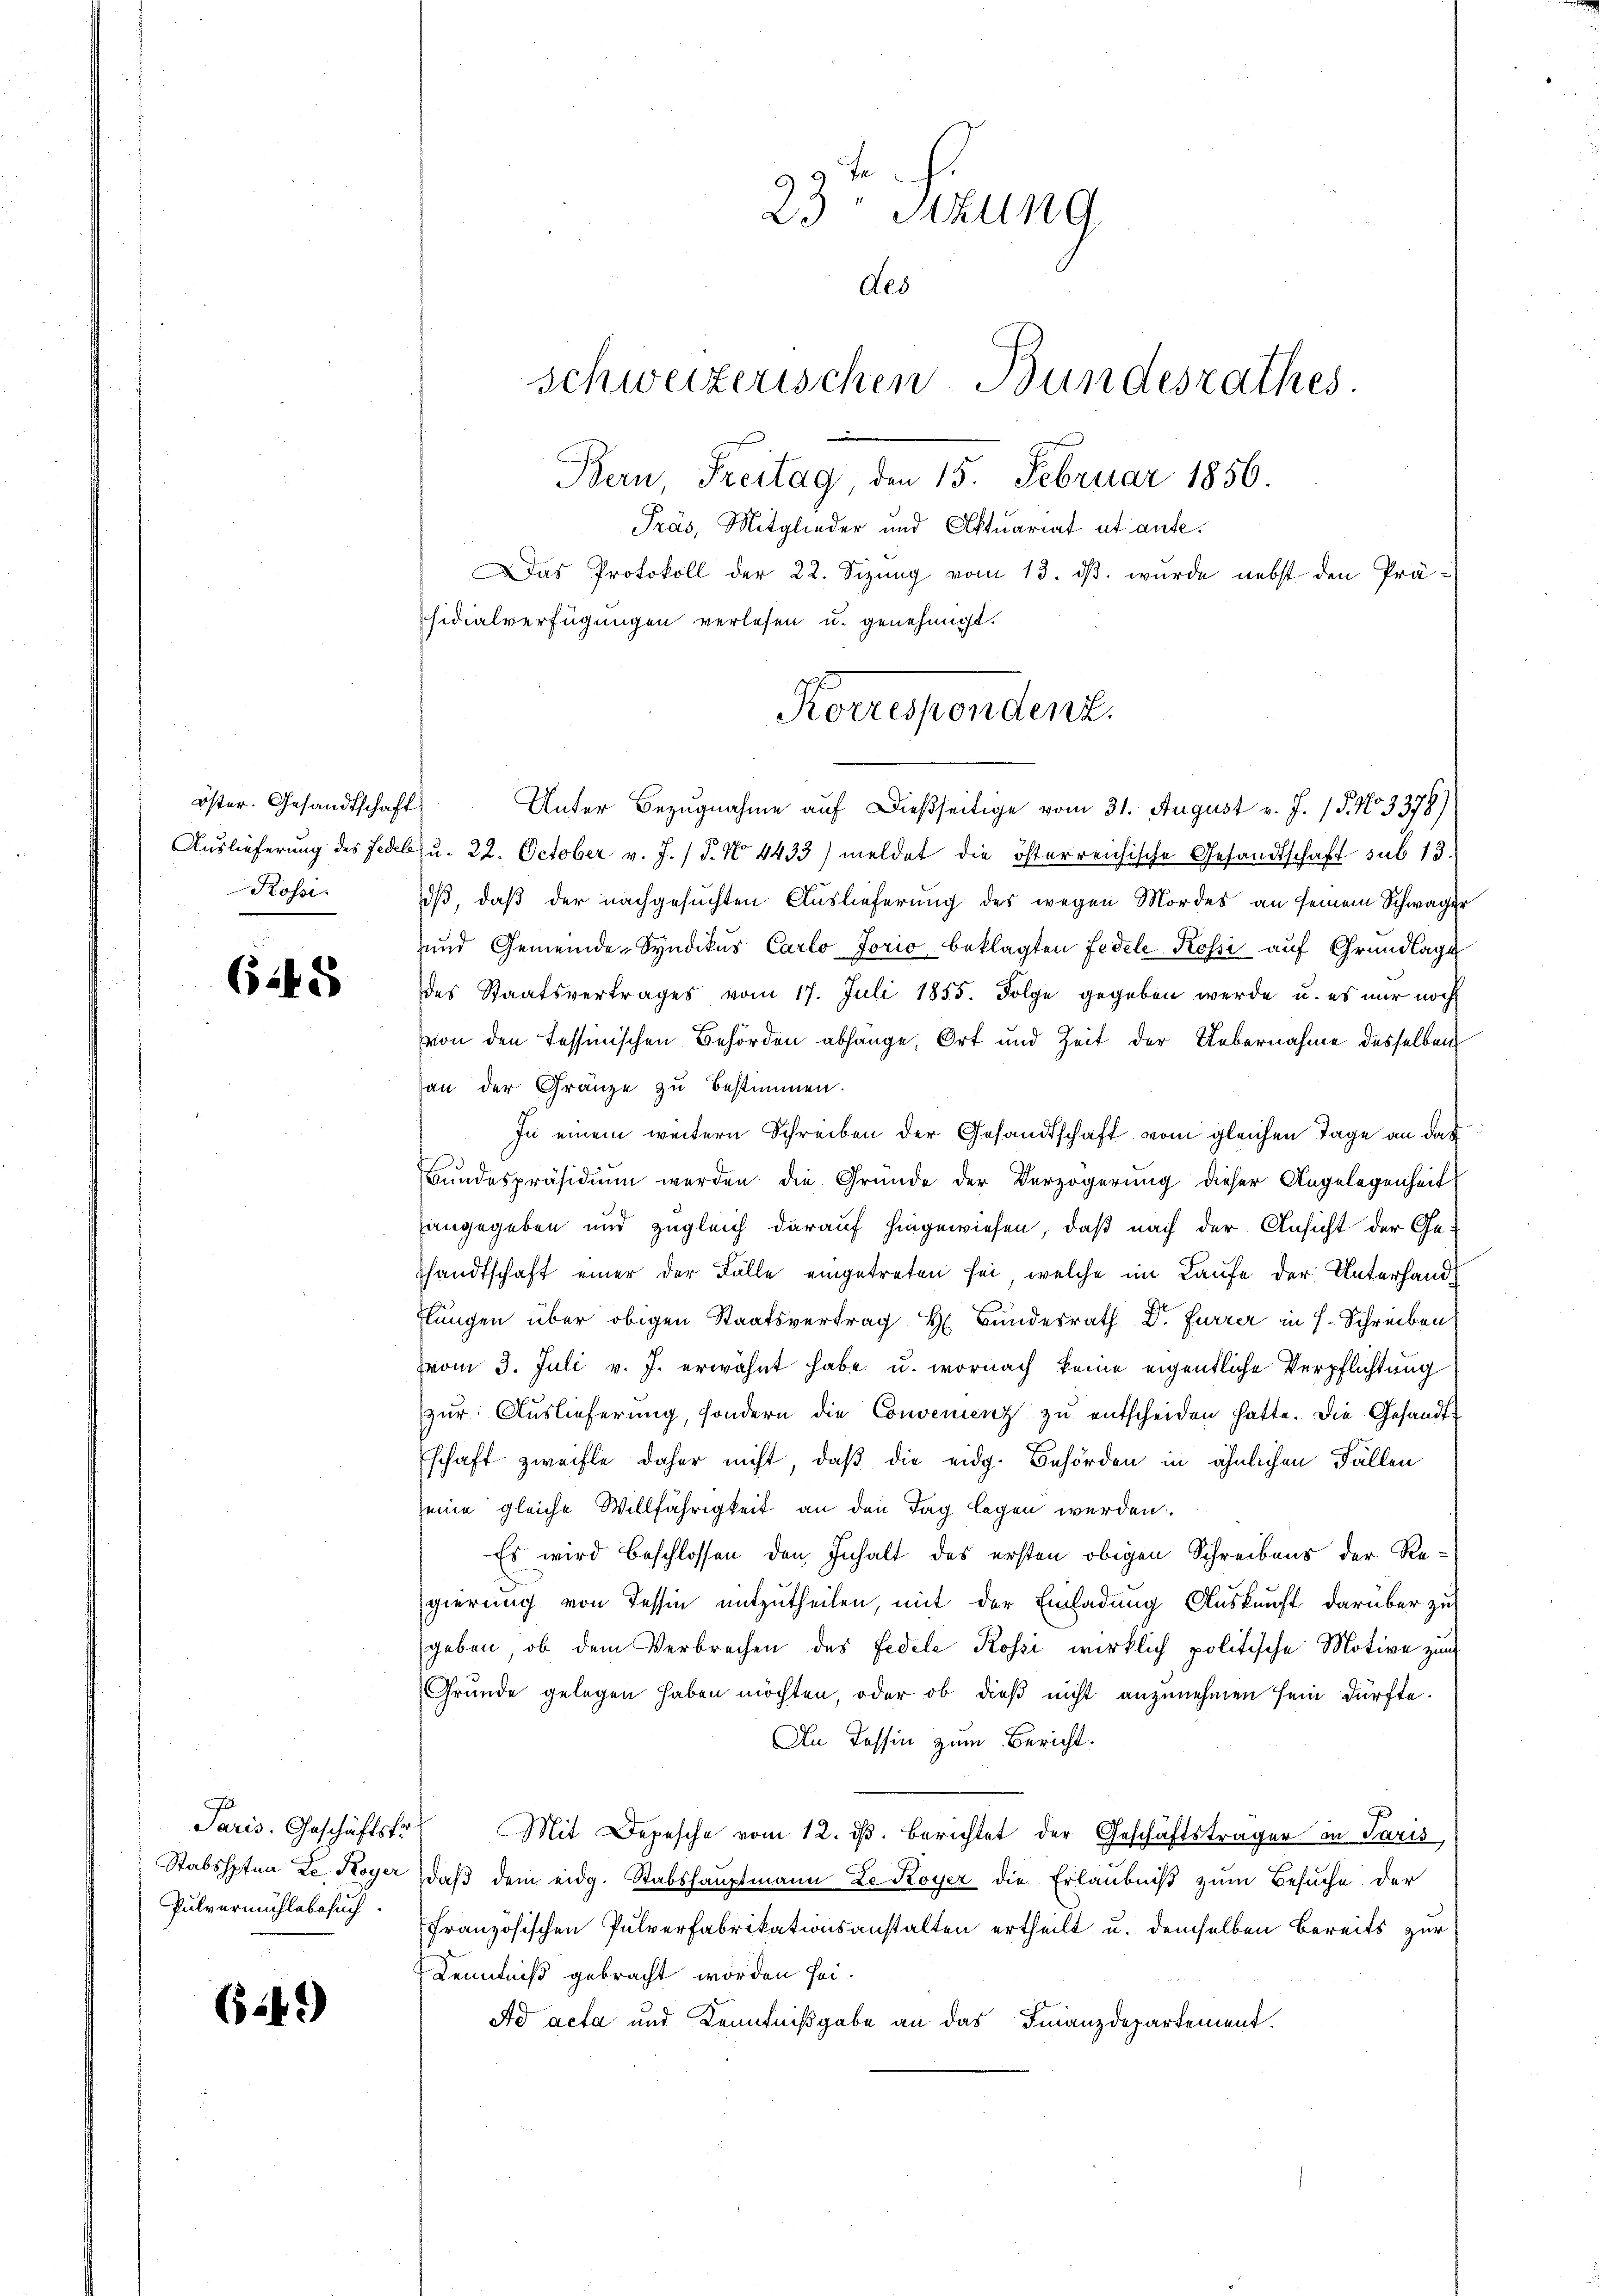
öster. Gesandtschaft
Rossi
e

645

Paris. Geschäftsfr.
Pulvermühlebesuch

64.)

Das Protokoll der 22. Sizung vom 13. dβ. wurde nebst den Prässidialverfügungen verlesen u. genehmigt.

23 Sitzung
des
schweizerischen Bundesrathes
Bern, Freitag, den 15. Februar 1856.
Präs, Mitglieder und Aktuariat et aufe¬

Korrespondenz.

Unter Bezugnahme auf dießseitige vom 31. August v. J. 15. No 3378):
Auslieferung des Fedels u. 22. October v. J. / 5. No 4433) meldet die österreichische Gesandtschaft sub 13.
dß, daß der nachgesuchten Auslieferung des wegen Mordes an seinem Schwager
und Gemeinde-Syndikus Carlo Jorio beklagten Fedele Kossi auf Grundlage
des Staatsvertrages vom 17. Juli 1855. Folge gegeben werde u. es nur noch
von den Tessinischen Behörden abhänge, Ort und Zeit der Uebernahme desselben
an der Gränze zu bestimmen.
In einem weitern Schreiben der Gesandtschaft vom gleichen Tage an das
Bundespräsidium werden die Gründe der Verzögerung dieser Angelegenheit
angegeben und zugleich darauf hingewiesen, daß nach der Ansicht der Ge-
shandtschaft einer der Fälle eingetreten sei, welche im Laufe der Unterhand¬
Elungen über obigen Staatsvertrag H Bundesrath Dr. Furrer in H. Schreiben
vom 3. Juli v. J. erwähnt habe u. wornach keine eigentliche Verpflichtung
zŭr Aŭslieferŭng, sondern die Convenienz zŭ entscheiden hatte. Die Gesandtschaft zweifle daher nicht, daß die eidg. Behörden in ähnlichen Fällen
eine gleiche Willfährigkeit an den Tag legen werden
Es wird beschlossen den Inhalt des ersten obigen Schreibens der Re-
gierung von Tessin mitzutheilen, mit der Einladung Auskunft darüber zu
geben, ob dem Verbrechen des Fedele Koszi wirklich politische Motive zum
Grunde gelegen haben möchten, oder ob dieß nicht anzunehmen sein dürfte.
An Tessin zum Bericht.
Mit Depesche vom 12. dβ. Berichtet der Geschäftsträger in Paris,
Stabshpten Le. Koyer, daß dem eidg. Stabshauptmann Le Koyer die Erlaubniß zum Besuche der
französischen Pulverfabrikationsanstalten ertheilt u. demselben bereits zur
Kenntniß gebracht worden sei.
Ad acta und Kenntnißgabe an das Finanzdepartement.